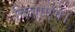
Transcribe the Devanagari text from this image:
दिलाएंगे।